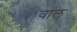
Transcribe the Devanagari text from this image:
वाल्